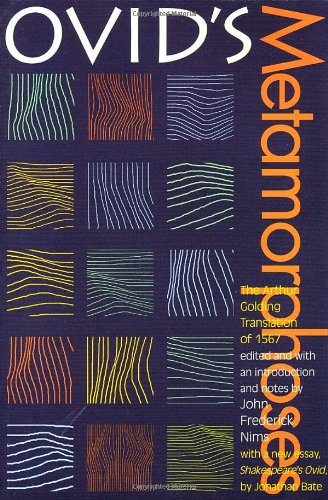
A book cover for Ovid's Metamorphoses : The Arthur Golding Translation of 1567; John Frederick Nims; Literature & Fiction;